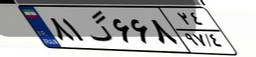
۷۰گ۳۱۰۸۱